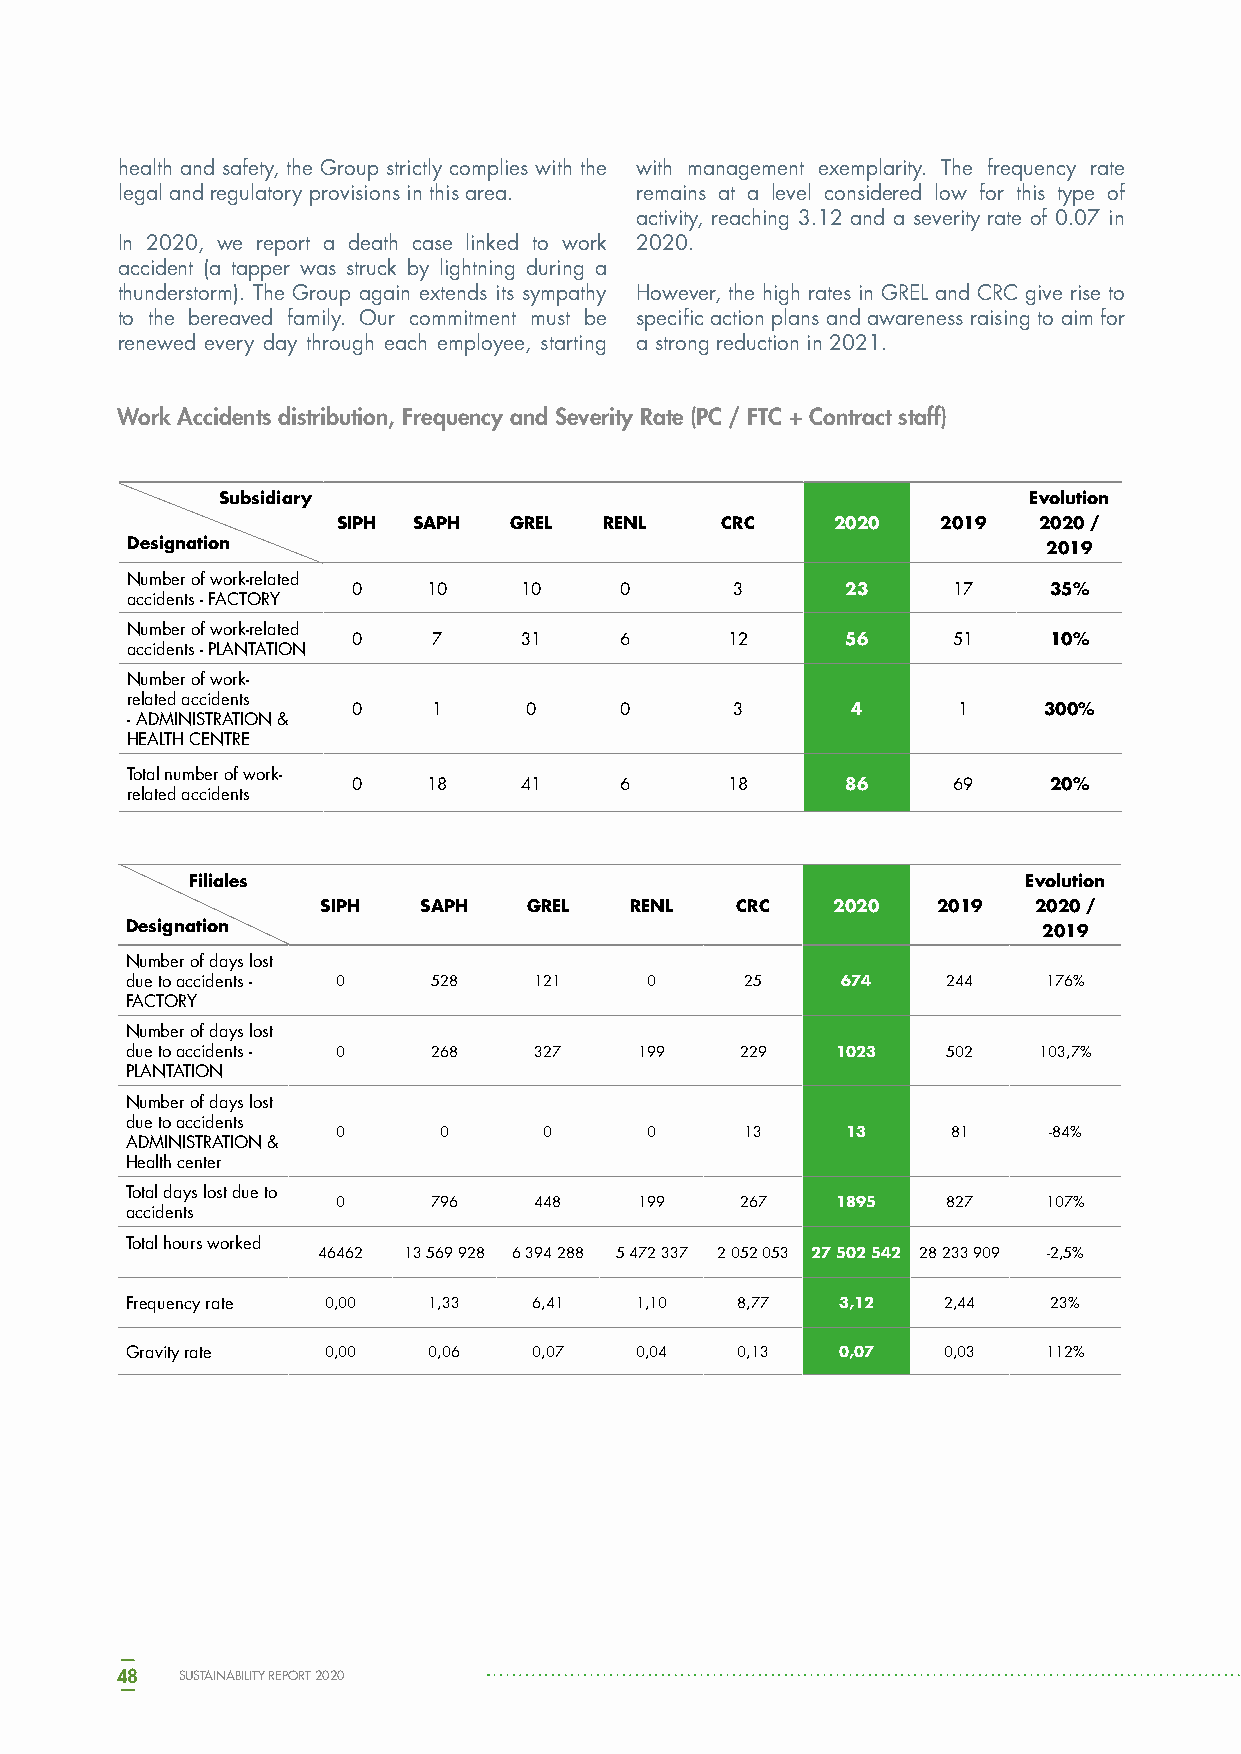
health and safety, the Group strictly complies with the with management exemplarity. The frequency rate
 legal and regulatory provisions in this area. remains at a level considered low for this type of
 activity, reaching 3.12 and a severity rate of 0.07 in
 In 2020, we report a death case linked to work 2020.
 accident (a tapper was struck by lightning during a
 thunderstorm). The Group again extends its sympathy However, the high rates in GREL and CRC give rise to
 to the bereaved family. Our commitment must be specific action plans and awareness raising to aim for
 renewed every day through each employee, starting a strong reduction in 2021.
 Work Accidents distribution, Frequency and Severity Rate (PC / FTC + Contract staff)
 Subsidiary                                            Evolution
 SIPH SAPH   GREL  RENL    CRC    2020   2019   2020 /
 Designation                                                  2019
 Number of work-related
 0    10    10     0      3       23     17    35%
 accidents - FACTORY
 Number of work-related
 0     7    31     6      12      56     51    10%
 accidents - PLANTATION
 Number of work-
 related accidents
 0     1     0     0      3       4      1     300%
 - ADMINISTRATION &
 HEALTH CENTRE
 Total number of work-
 0    18    41     6      18      86     69    20%
 related accidents
 Filiales                                               Evolution
 SIPH   SAPH   GREL   RENL   CRC   2020   2019  2020 /
 Designation                                                  2019
 Number of days lost
 due to accidents - 0 528   121     0     25     674    244   176%
 FACTORY
 Number of days lost
 due to accidents - 0 268   327    199    229   1023    502   103,7%
 PLANTATION
 Number of days lost
 due to accidents
 0      0      0      0     13     13     81    -84%
 ADMINISTRATION &
 Health center
 Total days lost due to
 0     796    448    199    267   1895    827   107%
 accidents
 Total hours worked
 46462 13 569 928 6 394 288 5 472 337 2 052 053 27 502 542 28 233 909 -2,5%
 Frequency rate 0,00 1,33   6,41   1,10   8,77  3,12   2,44    23%
 Gravity rate 0,00   0,06   0,07   0,04   0,13  0,07   0,03   112%
 48  SUSTAINABILITY REPORT 2020